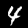
Label: 4